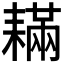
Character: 𦔚